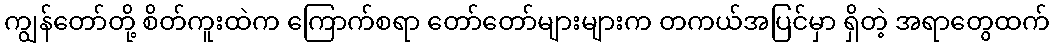
ကျွန်တော်တို့ စိတ်ကူးထဲက ကြောက်စရာ တော်တော်များများက တကယ်အပြင်မှာ ရှိတဲ့ အရာတွေထက်